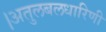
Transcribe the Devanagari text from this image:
।अतुलबलधारिणी